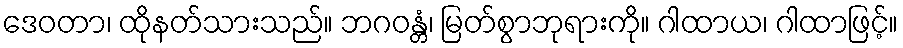
ဒေဝတာ၊ ထိုနတ်သားသည်။ ဘဂဝန္တံ၊ မြတ်စွာဘုရားကို။ ဂါထာယ၊ ဂါထာဖြင့်။